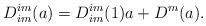
LaTeX: \begin{align*}D^{im}_{im}(a)=D^{im}_{im}(1)a+D^{m}(a).\end{align*}